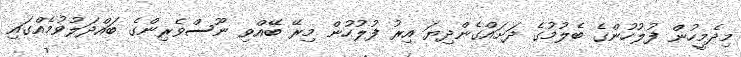
މިދެމީހުން ފުލުހުންގެ ބެލުމުގެ ދަށައްގެންދިޔަ އިރު ފުލުހުން މިރޭ ބޭއްވި ނޫސްވެރިންގެ ބައްދަލުވުމެއްގައި